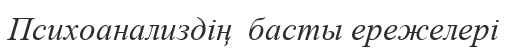
Психоанализдің  басты ережелері